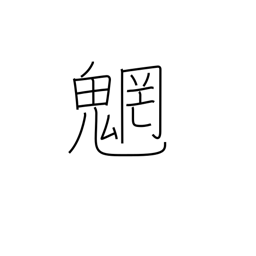
Meaning: spirits of mountains and streams